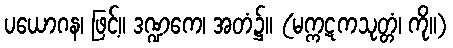
ပယောဂန၊ ဖြင့်။ ဒဏ္ဍကေ၊ အတံ၌။ (မက္ကဋကသုတ္တံ၊ ကို။)